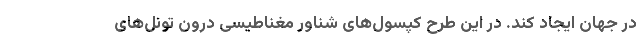
در جهان ایجاد کند. در این طرح کپسول‌های شناور مغناطیسی درون تونل‌های